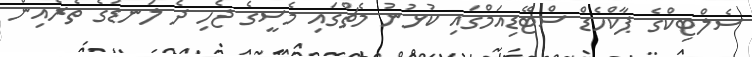
ސެލްޓިކްގެ ޕާކްހެޑް ސްޓޭޑިއަމްގައި ކުޅުނު މެޗްގައި މެސީގެ ޖެހި ދެ ލަނޑުގެ ތެރެއިން